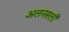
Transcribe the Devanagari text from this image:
अलनसली